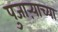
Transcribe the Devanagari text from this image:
पुजाऱ्याच्या